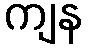
ကျန